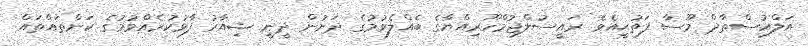
އަލްއުސްތާޛް މޫސާ ފަތުޙީއެވެ. ރައީސުލްޖުމްހޫރިއްޔާގެ ބެއްލެވުމުގެ ދަށުން ދީނީ ޝިއާރު ފާޅުކުރެއްވުމުގެ ކަންތައްތައް